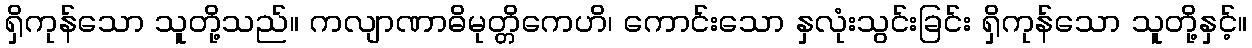
ရှိကုန်သော သူတို့သည်။ ကလျာဏာဓိမုတ္တိကေဟိ၊ ကောင်းသော နှလုံးသွင်းခြင်း ရှိကုန်သော သူတို့နှင့်။